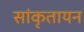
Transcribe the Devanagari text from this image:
सांकृतायन